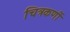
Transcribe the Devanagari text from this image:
चित्रकर्णी